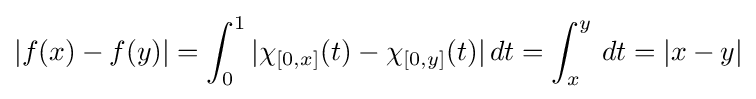
|f(x)-f(y)|=\int _{0}^{1}|\chi _{[0,x]}(t)-\chi _{[0,y]}(t)|\,dt=\int _{x}^{y}\,dt=|x-y|